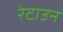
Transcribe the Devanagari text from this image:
रेटाउन